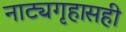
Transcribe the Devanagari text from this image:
नाट्यगृहासही